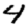
Digit: 4